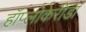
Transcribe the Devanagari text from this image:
हॉप्लोकेरीडा